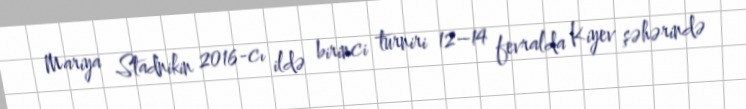
Mariya Stadnikin 2016-cı ildə birinci turniri 12–14 fevralda Kiyev şəhərində